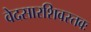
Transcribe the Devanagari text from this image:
वेदसारशिवस्तवः